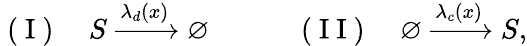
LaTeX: \mathrm{~(~I~)~}\quad S\xrightarrow{\lambda_{d}(x)}\varnothing\quad\quad\quad\mathrm{~(~I~I~)~}\quad\varnothing\xrightarrow{\lambda_{c}(x)}S,